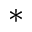
^ *